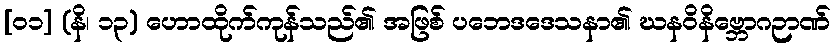
[၀၁] (နိ၊ ၁၃) ဟောထိုက်ကုန်သည်၏ အဖြစ် ပဘေဒဒေသနာ၏ ဃနဝိနိဗ္ဘောဂဉာဏ်